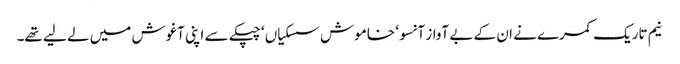
نیم تاریک کمرے نے ان کے بے آواز آنسو ‘ خاموش سسکیاں ‘ چپکے سے اپنی آغوش میں لے لیے تھے۔